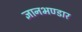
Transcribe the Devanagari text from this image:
ज्ञानभण्डार